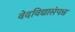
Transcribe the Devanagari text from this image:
वेदविद्यासंपन्न